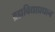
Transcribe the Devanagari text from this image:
ब्रह्मविद्याप्रधान